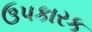
ઉપકારક